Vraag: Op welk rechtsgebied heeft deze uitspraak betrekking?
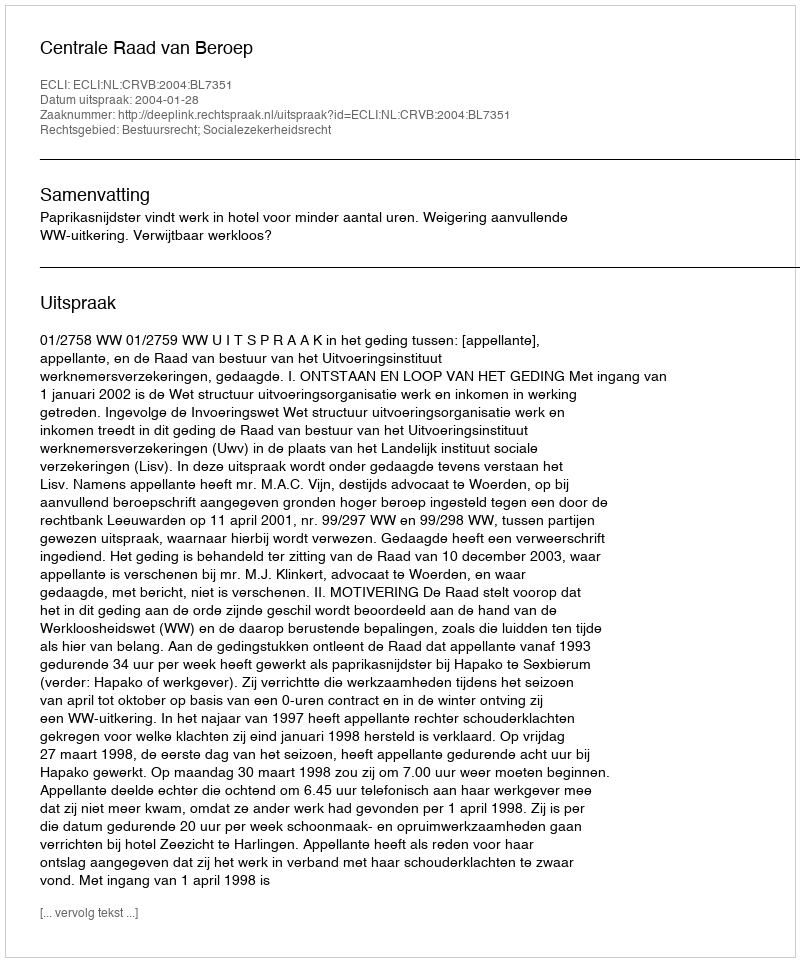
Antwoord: Bestuursrecht; Socialezekerheidsrecht